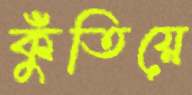
কুঁতিয়ে